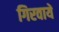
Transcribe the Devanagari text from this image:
गिरवायें